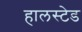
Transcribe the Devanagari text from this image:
हालस्टेड